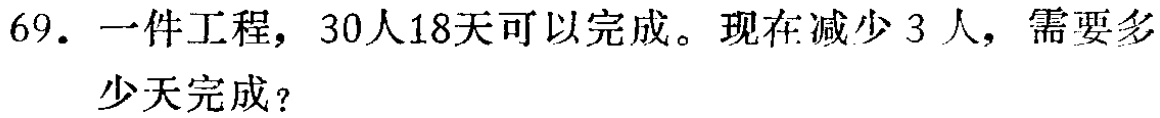
69. 一件工程，30人18天可以完成。现在减少 3 人，需要多少天完成？